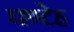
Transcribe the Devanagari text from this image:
घण्टेह